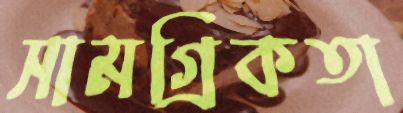
সামগ্রিকতা